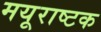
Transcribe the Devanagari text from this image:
मयूराष्टक